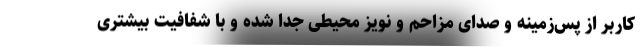
کاربر از پس‌زمینه و صدای مزاحم و نویز محیطی جدا شده و با شفافیت بیشتری